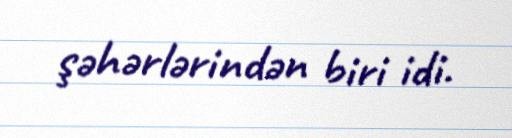
şəhərlərindən biri idi.